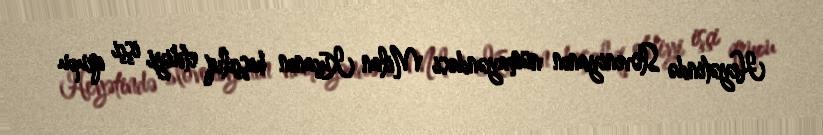
Heyətində Sloveniyanın nümayəndəsi Milan Kuçanın başçılıq etdiyi işçi qrupu